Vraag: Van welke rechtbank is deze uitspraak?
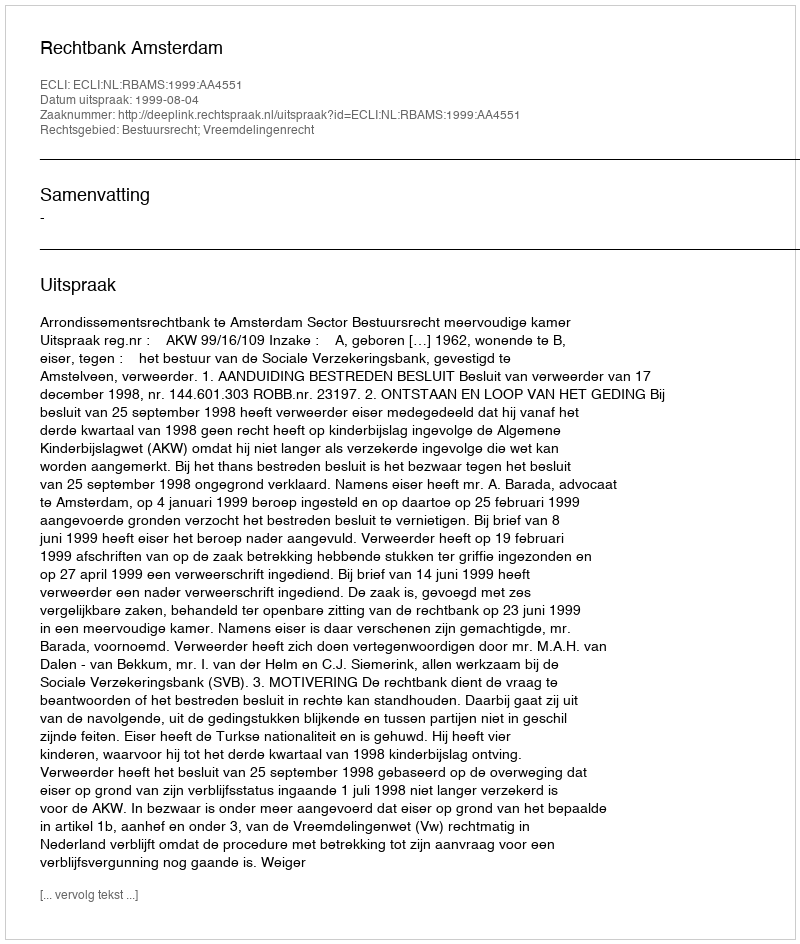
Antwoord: Rechtbank Amsterdam